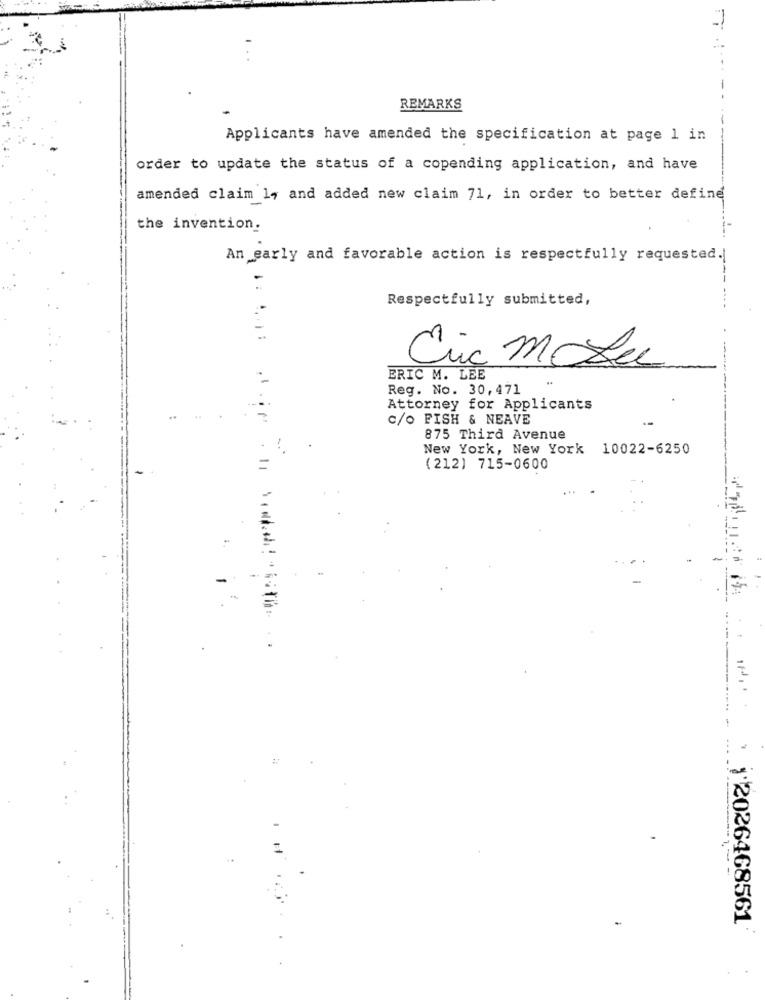
REMARKS
Applicants have amended the specification at page 1 in
order to update the status of a copending application, and have
amended claim 1, and added new claim 71, in order to better define
the invention.
An early and favorable action is respectfully requested.|
Respectfully submitted,
1 :
Cric moLu
ERIC M. LEE
Reg. No. 30,471
Attorney for Applicants
ip
c/o FISH & NEAVE
875 Third Avenue
New York, New York 10022-6250
-
11
(212) 715-0600
-
' 12026468561